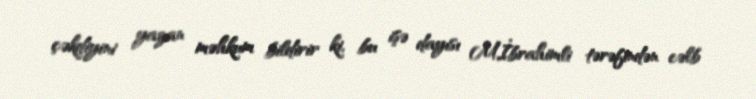
çəkdiyini yazan məhkum bildirir ki, bu işə dayısı M.İbrahimli tərəfindən cəlb